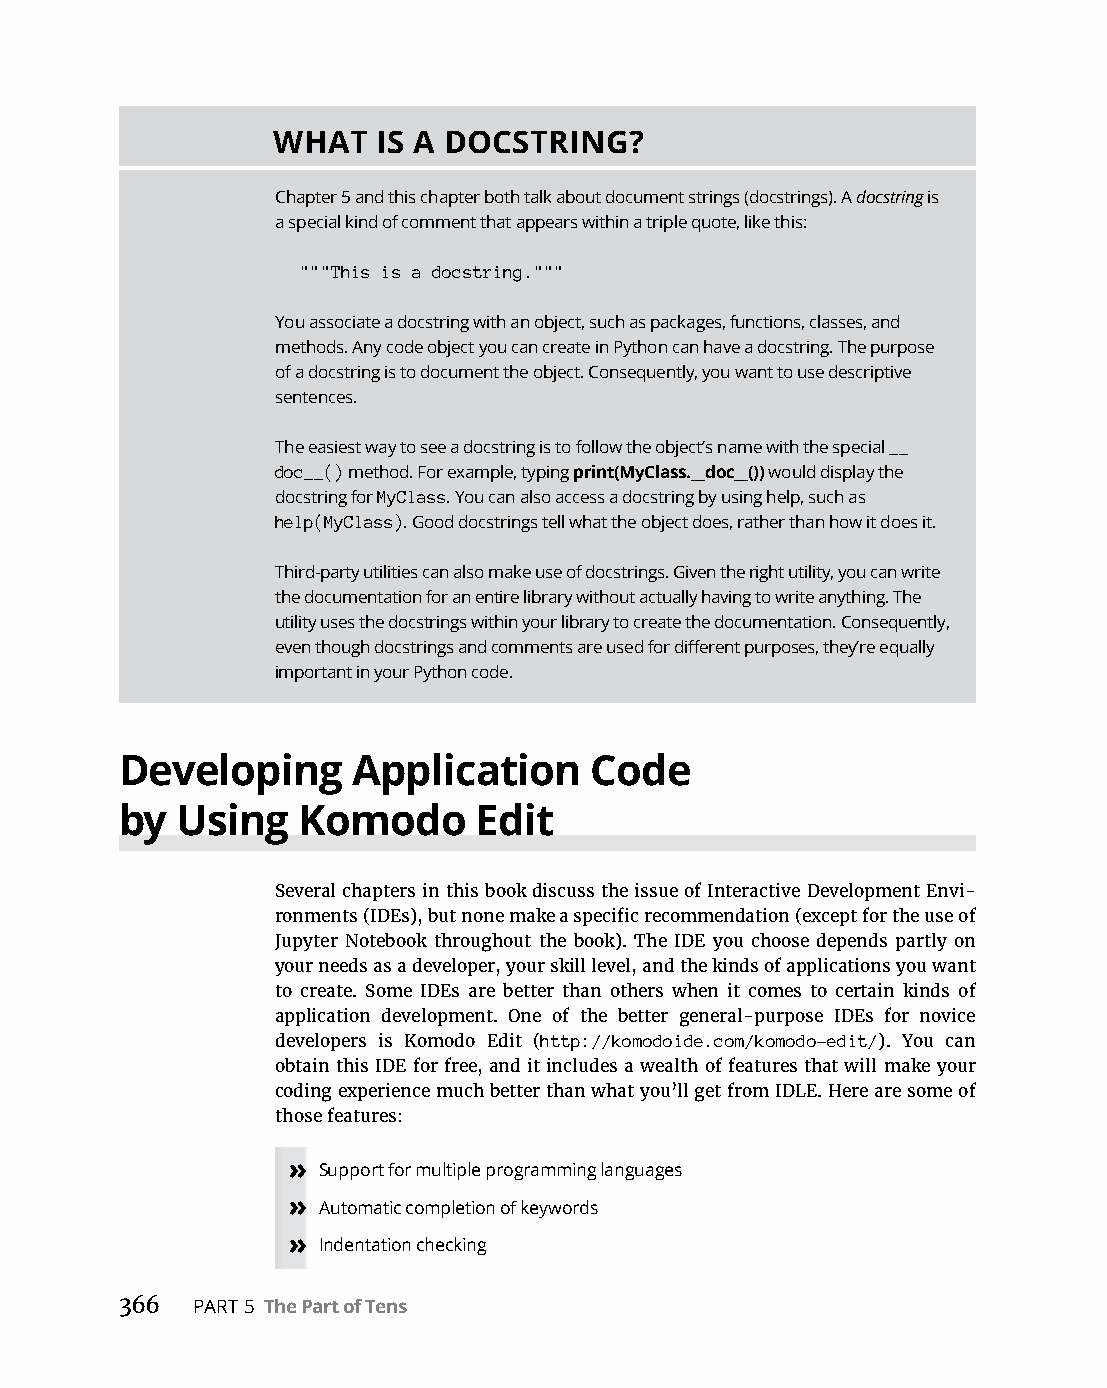
WHAT   IS A DOCSTRING?
 Chapter 5 and this chapter both talk about document strings (docstrings). A docstring is
 a special kind of comment that appears within a triple quote, like this:
 """This is a docstring."""
 You associate a docstring with an object, such as packages, functions, classes, and
 methods. Any code object you can create in Python can have a docstring. The purpose
 of a docstring is to document the object. Consequently, you want to use descriptive
 sentences.
 The easiest way to see a docstring is to follow the object’s name with the special __
 doc__() method. For example, typing print(MyClass.__doc__()) would display the
 docstring for MyClass. You can also access a docstring by using help, such as
 help(MyClass). Good docstrings tell what the object does, rather than how it does it.
 Third-party utilities can also make use of docstrings. Given the right utility, you can write
 the documentation for an entire library without actually having to write anything. The
 utility uses the docstrings within your library to create the documentation. Consequently,
 even though docstrings and comments are used for different purposes, they’re equally
 important in your Python code.
 Developing     Application     Code
 by  Using   Komodo      Edit
 Several chapters in this book discuss the issue of Interactive Development Envi-
 ronments (IDEs), but none make a specific recommendation (except for the use of
 Jupyter Notebook throughout the book). The IDE you choose depends partly on
 your needs as a developer, your skill level, and the kinds of applications you want
 to create. Some IDEs are better than others when it comes to certain kinds of
 application development. One of the better general-purpose IDEs for novice
 developers is Komodo Edit (http://komodoide.com/komodo-edit/). You can
 obtain this IDE for free, and it includes a wealth of features that will make your
 coding experience much better than what you’ll get from IDLE. Here are some of
 those features:
 » Support for multiple programming languages
 » Automatic completion of keywords
 » Indentation checking
 366  PART 5 The Part of Tens